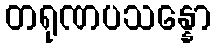
တရုဏပသန္နော